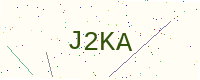
Text: J2KA